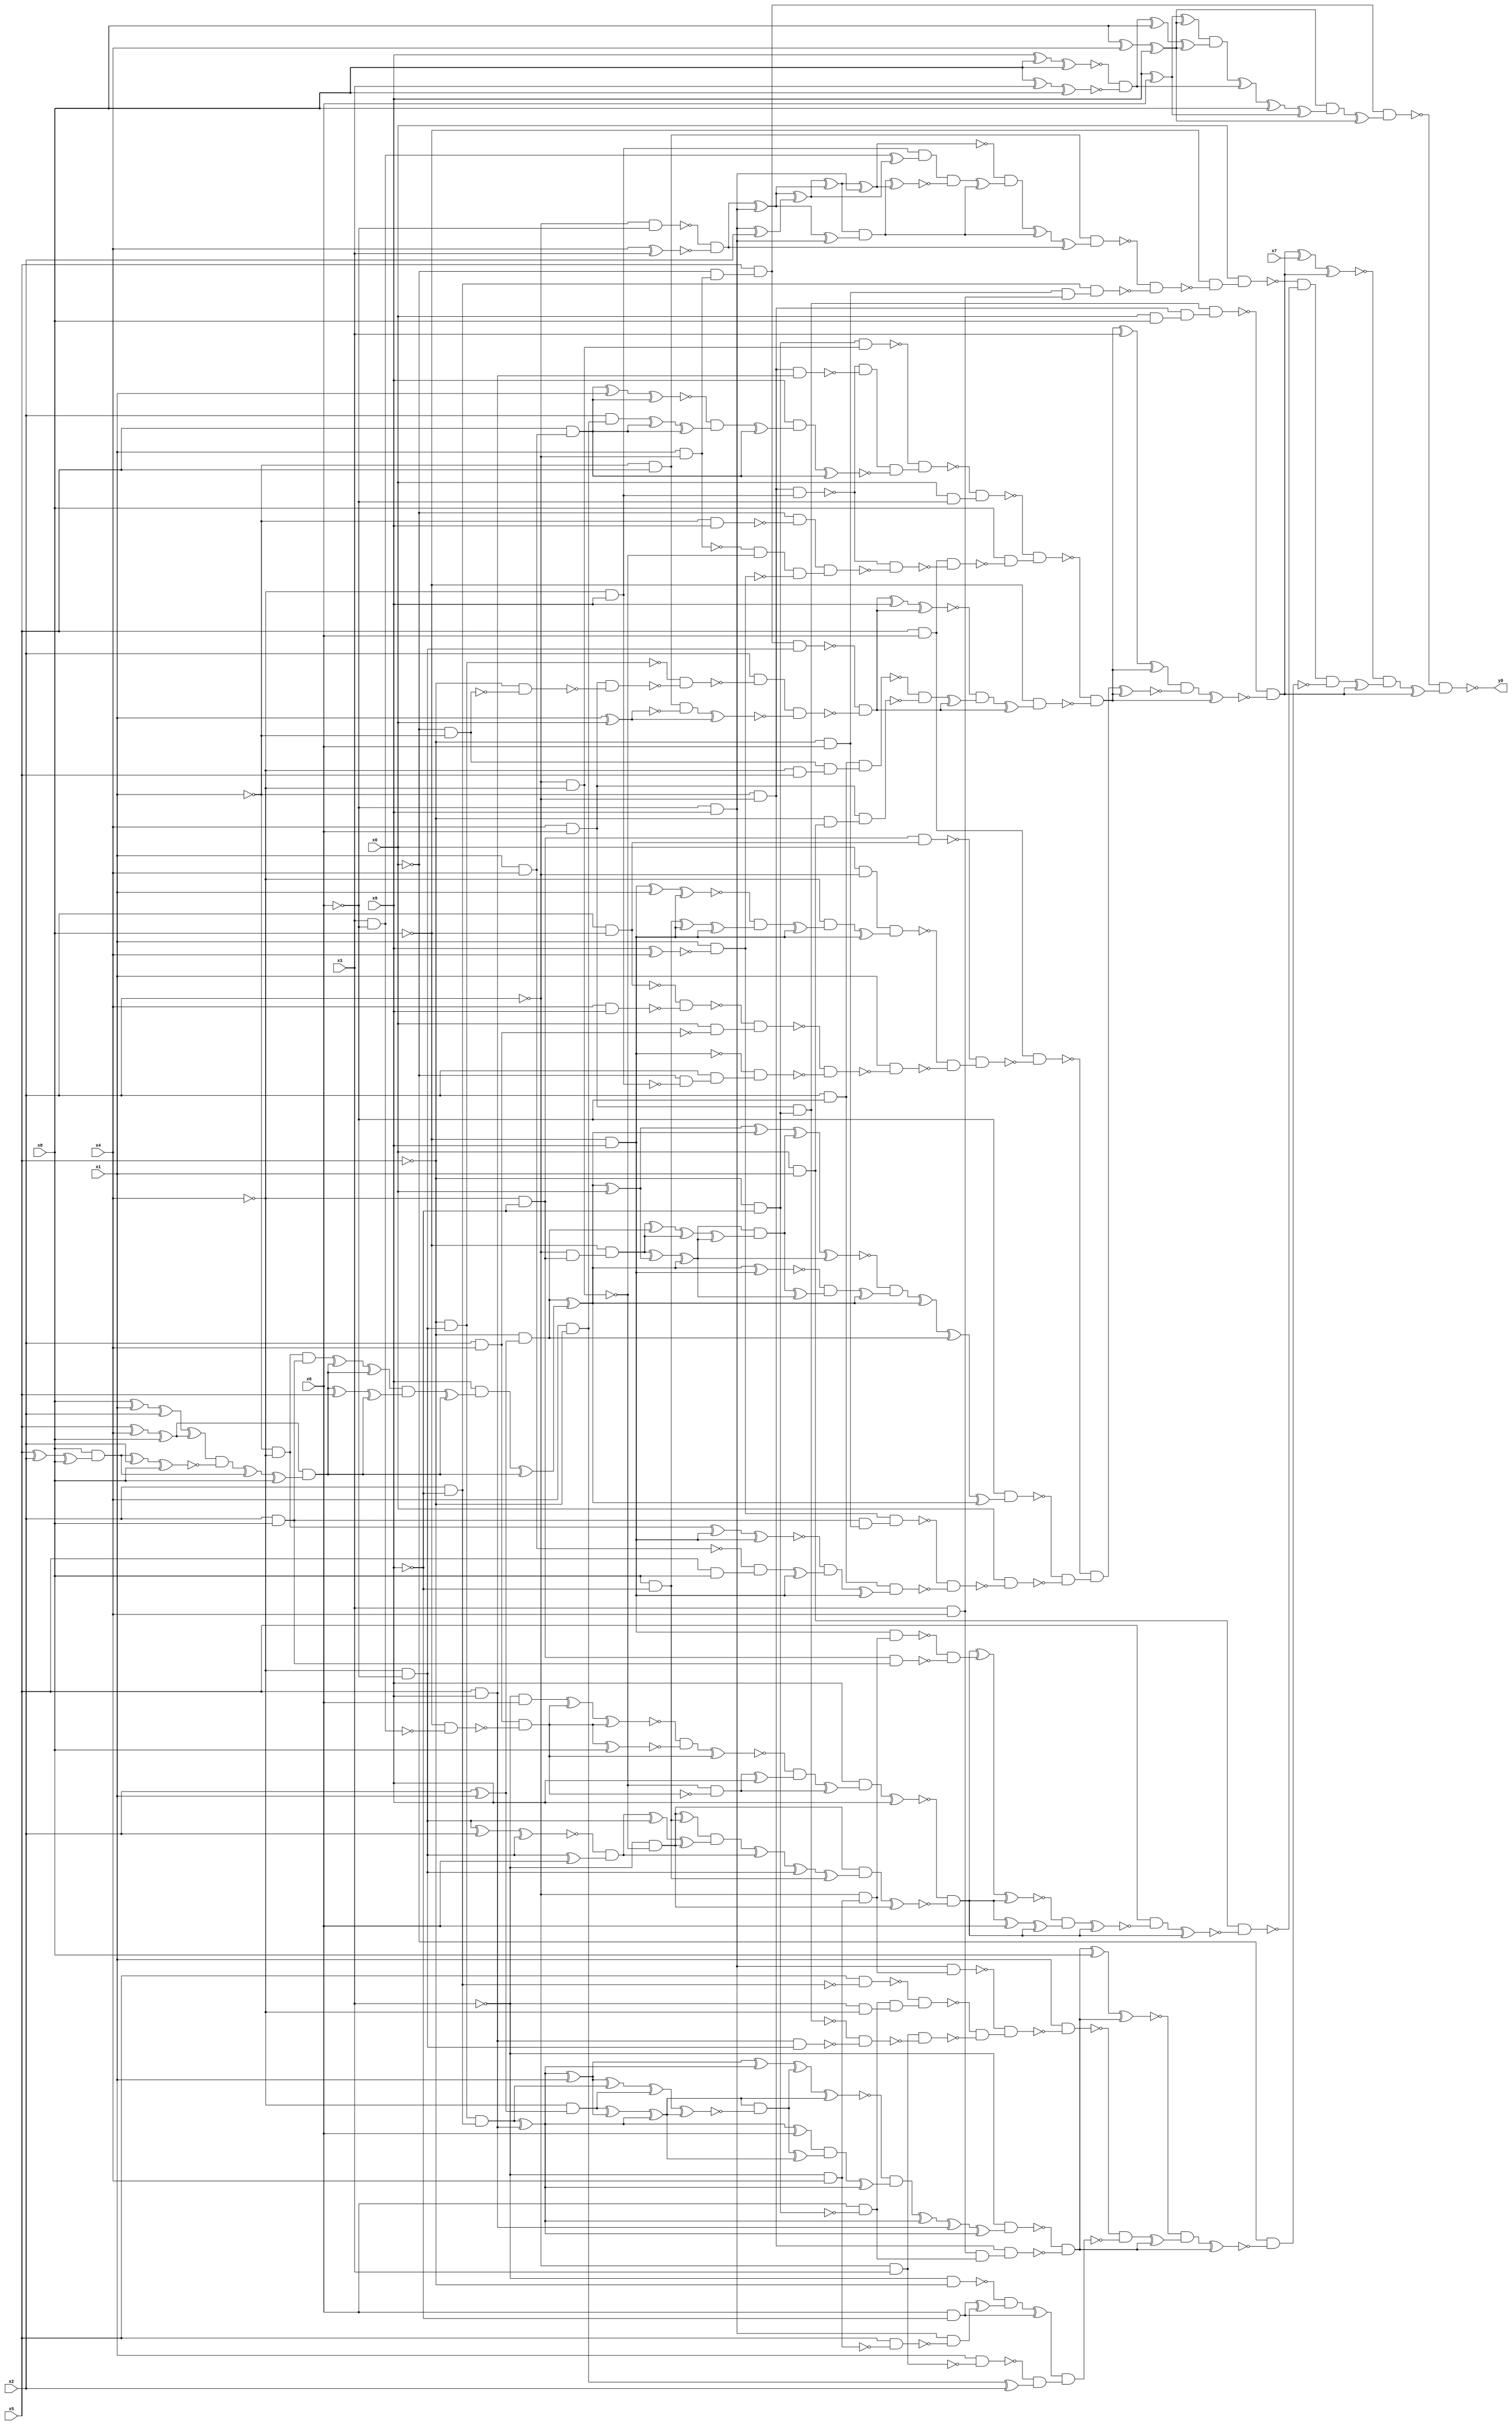
module top( x0 , x1 , x2 , x3 , x4 , x5 , x6 , x7 , x8 , x9 , y0 );
  input x0 , x1 , x2 , x3 , x4 , x5 , x6 , x7 , x8 , x9 ;
  output y0 ;
  wire n11 , n12 , n13 , n14 , n15 , n16 , n17 , n18 , n19 , n20 , n21 , n22 , n23 , n24 , n25 , n26 , n27 , n28 , n29 , n30 , n31 , n32 , n33 , n34 , n35 , n36 , n37 , n38 , n39 , n40 , n41 , n42 , n43 , n44 , n45 , n46 , n47 , n48 , n49 , n50 , n51 , n52 , n53 , n54 , n55 , n56 , n57 , n58 , n59 , n60 , n61 , n62 , n63 , n64 , n65 , n66 , n67 , n68 , n69 , n70 , n71 , n72 , n73 , n74 , n75 , n76 , n77 , n78 , n79 , n80 , n81 , n82 , n83 , n84 , n85 , n86 , n87 , n88 , n89 , n90 , n91 , n92 , n93 , n94 , n95 , n96 , n97 , n98 , n99 , n100 , n101 , n102 , n103 , n104 , n105 , n106 , n107 , n108 , n109 , n110 , n111 , n112 , n113 , n114 , n115 , n116 , n117 , n118 , n119 , n120 , n121 , n122 , n123 , n124 , n125 , n126 , n127 , n128 , n129 , n130 , n131 , n132 , n133 , n134 , n135 , n136 , n137 , n138 , n139 , n140 , n141 , n142 , n143 , n144 , n145 , n146 , n147 , n148 , n149 , n150 , n151 , n152 , n153 , n154 , n155 , n156 , n157 , n158 , n159 , n160 , n161 , n162 , n163 , n164 , n165 , n166 , n167 , n168 , n169 , n170 , n171 , n172 , n173 , n174 , n175 , n176 , n177 , n178 , n179 , n180 , n181 , n182 , n183 , n184 , n185 , n186 , n187 , n188 , n189 , n190 , n191 , n192 , n193 , n194 , n195 , n196 , n197 , n198 , n199 , n200 , n201 , n202 , n203 , n204 , n205 , n206 , n207 , n208 , n209 , n210 , n211 , n212 , n213 , n214 , n215 , n216 , n217 , n218 , n219 , n220 , n221 , n222 , n223 , n224 , n225 , n226 , n227 , n228 , n229 , n230 , n231 , n232 , n233 , n234 , n235 , n236 , n237 , n238 , n239 , n240 , n241 , n242 , n243 , n244 , n245 , n246 , n247 , n248 , n249 , n250 , n251 , n252 , n253 , n254 , n255 , n256 , n257 , n258 , n259 , n260 , n261 , n262 , n263 , n264 , n265 , n266 , n267 , n268 , n269 , n270 , n271 , n272 , n273 , n274 , n275 , n276 , n277 , n278 , n279 , n280 , n281 , n282 , n283 , n284 , n285 , n286 , n287 , n288 , n289 , n290 , n291 , n292 , n293 , n294 , n295 , n296 , n297 , n298 , n299 , n300 , n301 , n302 , n303 , n304 , n305 , n306 , n307 , n308 , n309 , n310 , n311 , n312 , n313 , n314 , n315 , n316 , n317 , n318 , n319 , n320 , n321 , n322 , n323 , n324 , n325 , n326 , n327 , n328 , n329 , n330 , n331 , n332 , n333 , n334 , n335 ;
  assign n11 = x1 & ~x2 ;
  assign n12 = ~x0 & n11 ;
  assign n13 = x5 & n12 ;
  assign n14 = x8 ^ x4 ;
  assign n15 = n14 ^ x9 ;
  assign n16 = x9 ^ x6 ;
  assign n17 = n16 ^ n15 ;
  assign n18 = x9 ^ x8 ;
  assign n19 = n18 ^ x8 ;
  assign n20 = x8 ^ x3 ;
  assign n21 = n20 ^ x8 ;
  assign n22 = ~n19 & ~n21 ;
  assign n23 = n22 ^ x8 ;
  assign n24 = n23 ^ n15 ;
  assign n25 = n17 & n24 ;
  assign n26 = n25 ^ n22 ;
  assign n27 = n26 ^ x8 ;
  assign n28 = n27 ^ n16 ;
  assign n29 = n15 & n28 ;
  assign n30 = n29 ^ n15 ;
  assign n31 = n13 & n30 ;
  assign n32 = x4 & x6 ;
  assign n33 = ~x5 & ~x9 ;
  assign n34 = n32 & n33 ;
  assign n35 = ~x1 & ~x2 ;
  assign n36 = x0 & x8 ;
  assign n37 = n35 & n36 ;
  assign n38 = n34 & n37 ;
  assign n39 = ~x2 & ~x4 ;
  assign n40 = n33 & n39 ;
  assign n41 = ~x4 & x9 ;
  assign n42 = n35 & n41 ;
  assign n43 = x5 & x9 ;
  assign n44 = n35 & n43 ;
  assign n45 = ~n42 & ~n44 ;
  assign n46 = x1 & x4 ;
  assign n47 = x5 & n46 ;
  assign n48 = n47 ^ x1 ;
  assign n49 = n48 ^ n47 ;
  assign n50 = x4 & ~x5 ;
  assign n51 = x2 & n50 ;
  assign n52 = n51 ^ n47 ;
  assign n53 = n52 ^ n47 ;
  assign n54 = ~n49 & n53 ;
  assign n55 = n54 ^ n47 ;
  assign n56 = x9 & n55 ;
  assign n57 = n56 ^ n47 ;
  assign n58 = n45 & ~n57 ;
  assign n59 = ~n40 & n58 ;
  assign n60 = x0 & ~x6 ;
  assign n61 = ~n59 & n60 ;
  assign n62 = x5 & x6 ;
  assign n63 = ~x1 & x9 ;
  assign n64 = ~x0 & ~n63 ;
  assign n65 = ~n11 & ~n39 ;
  assign n66 = x9 ^ x4 ;
  assign n67 = x1 & ~n66 ;
  assign n68 = n65 & ~n67 ;
  assign n69 = n64 & n68 ;
  assign n70 = ~n42 & ~n69 ;
  assign n71 = n62 & ~n70 ;
  assign n72 = x8 & ~n71 ;
  assign n73 = ~n61 & n72 ;
  assign n74 = ~x4 & ~x6 ;
  assign n75 = n13 & n74 ;
  assign n76 = ~x5 & n74 ;
  assign n77 = ~x0 & ~x1 ;
  assign n78 = ~x5 & ~n77 ;
  assign n79 = n32 & ~n78 ;
  assign n80 = ~n76 & ~n79 ;
  assign n81 = x2 & ~n80 ;
  assign n82 = ~x1 & x5 ;
  assign n83 = x1 ^ x0 ;
  assign n84 = n82 & ~n83 ;
  assign n85 = n84 ^ n83 ;
  assign n86 = n81 & ~n85 ;
  assign n87 = ~n75 & ~n86 ;
  assign n88 = n87 ^ x9 ;
  assign n89 = n88 ^ n87 ;
  assign n90 = x2 & ~x6 ;
  assign n91 = ~x4 & x5 ;
  assign n92 = n77 & n91 ;
  assign n93 = n90 & n92 ;
  assign n94 = x0 & x1 ;
  assign n95 = ~x5 & n94 ;
  assign n96 = n32 & n95 ;
  assign n97 = ~n93 & ~n96 ;
  assign n98 = n97 ^ n87 ;
  assign n99 = ~n89 & n98 ;
  assign n100 = n99 ^ n87 ;
  assign n101 = ~x8 & n100 ;
  assign n102 = ~n73 & ~n101 ;
  assign n103 = n102 ^ x3 ;
  assign n104 = n103 ^ n102 ;
  assign n105 = ~x4 & ~x9 ;
  assign n106 = x2 & ~x8 ;
  assign n107 = n105 & n106 ;
  assign n108 = x0 & ~x2 ;
  assign n109 = ~x8 & x9 ;
  assign n110 = n109 ^ x1 ;
  assign n111 = n110 ^ n109 ;
  assign n112 = x8 & ~x9 ;
  assign n113 = n112 ^ n109 ;
  assign n114 = n113 ^ n109 ;
  assign n115 = ~n111 & n114 ;
  assign n116 = n115 ^ n109 ;
  assign n117 = ~x4 & n116 ;
  assign n118 = n117 ^ n109 ;
  assign n119 = n108 & n118 ;
  assign n120 = x4 & x9 ;
  assign n121 = ~n106 & ~n120 ;
  assign n122 = x2 & x4 ;
  assign n123 = x0 & ~n122 ;
  assign n124 = ~n121 & n123 ;
  assign n125 = ~x0 & ~n41 ;
  assign n126 = x2 & n125 ;
  assign n127 = ~n109 & n126 ;
  assign n128 = ~n124 & ~n127 ;
  assign n129 = x1 & ~n128 ;
  assign n130 = ~n119 & ~n129 ;
  assign n131 = ~n107 & n130 ;
  assign n132 = n62 & ~n131 ;
  assign n158 = x2 ^ x1 ;
  assign n159 = ~x5 & n158 ;
  assign n147 = ~x1 & ~x4 ;
  assign n148 = x2 & x8 ;
  assign n149 = n147 & n148 ;
  assign n133 = x5 ^ x4 ;
  assign n134 = n133 ^ x8 ;
  assign n135 = x8 ^ x1 ;
  assign n136 = n135 ^ x2 ;
  assign n137 = n136 ^ n134 ;
  assign n138 = x5 ^ x2 ;
  assign n139 = n138 ^ x8 ;
  assign n140 = x8 & n139 ;
  assign n141 = n140 ^ x2 ;
  assign n142 = n141 ^ x8 ;
  assign n143 = n137 & ~n142 ;
  assign n144 = n143 ^ n140 ;
  assign n145 = n144 ^ x8 ;
  assign n146 = n134 & n145 ;
  assign n150 = n149 ^ n146 ;
  assign n151 = n150 ^ n146 ;
  assign n152 = n146 ^ x5 ;
  assign n153 = n152 ^ n146 ;
  assign n154 = n151 & n153 ;
  assign n155 = n154 ^ n146 ;
  assign n156 = x9 & n155 ;
  assign n157 = n156 ^ n146 ;
  assign n160 = n159 ^ n157 ;
  assign n161 = n160 ^ x0 ;
  assign n170 = n161 ^ n160 ;
  assign n162 = ~x2 & n105 ;
  assign n163 = ~x8 & n162 ;
  assign n164 = n163 ^ n161 ;
  assign n165 = n164 ^ n160 ;
  assign n166 = n163 ^ n159 ;
  assign n167 = n166 ^ n163 ;
  assign n168 = n167 ^ n165 ;
  assign n169 = n165 & n168 ;
  assign n171 = n170 ^ n169 ;
  assign n172 = n171 ^ n165 ;
  assign n173 = n160 ^ n109 ;
  assign n174 = n169 ^ n165 ;
  assign n175 = ~n173 & n174 ;
  assign n176 = n175 ^ n160 ;
  assign n177 = ~n172 & n176 ;
  assign n178 = n177 ^ n160 ;
  assign n179 = n178 ^ n159 ;
  assign n180 = n179 ^ n160 ;
  assign n181 = ~x6 & n180 ;
  assign n182 = ~x5 & x6 ;
  assign n183 = n148 & n182 ;
  assign n184 = n67 & n183 ;
  assign n185 = n147 ^ n109 ;
  assign n186 = n185 ^ n109 ;
  assign n187 = x5 & x8 ;
  assign n188 = ~n46 & n187 ;
  assign n189 = n188 ^ n109 ;
  assign n190 = ~n186 & n189 ;
  assign n191 = n190 ^ n109 ;
  assign n192 = n90 & n191 ;
  assign n193 = ~n184 & ~n192 ;
  assign n194 = x0 & ~n193 ;
  assign n195 = ~n181 & ~n194 ;
  assign n196 = ~n132 & n195 ;
  assign n197 = n196 ^ n102 ;
  assign n198 = n104 & ~n197 ;
  assign n199 = n198 ^ n102 ;
  assign n200 = ~n38 & ~n199 ;
  assign n201 = n200 ^ x7 ;
  assign n202 = n201 ^ n200 ;
  assign n205 = ~x2 & ~x6 ;
  assign n206 = x4 ^ x3 ;
  assign n207 = ~n205 & ~n206 ;
  assign n203 = ~x6 & x9 ;
  assign n208 = n207 ^ n203 ;
  assign n204 = n203 ^ x2 ;
  assign n209 = n208 ^ n204 ;
  assign n210 = n209 ^ n208 ;
  assign n211 = n210 ^ n203 ;
  assign n212 = x3 & ~x6 ;
  assign n213 = n212 ^ n209 ;
  assign n214 = n41 & n213 ;
  assign n215 = n208 ^ n203 ;
  assign n216 = n210 & n215 ;
  assign n217 = n216 ^ n211 ;
  assign n218 = n214 & ~n217 ;
  assign n219 = n218 ^ n216 ;
  assign n220 = ~n211 & n219 ;
  assign n221 = n220 ^ n216 ;
  assign n222 = n221 ^ n207 ;
  assign n223 = n82 & n222 ;
  assign n224 = x2 & ~x9 ;
  assign n225 = x3 & x4 ;
  assign n226 = n182 & n225 ;
  assign n227 = n224 & n226 ;
  assign n228 = ~n223 & ~n227 ;
  assign n229 = ~x8 & ~n228 ;
  assign n230 = x0 & n229 ;
  assign n238 = ~x3 & x6 ;
  assign n236 = ~x8 & ~n212 ;
  assign n237 = n122 & ~n236 ;
  assign n239 = n238 ^ n237 ;
  assign n240 = n239 ^ n237 ;
  assign n241 = n237 ^ x8 ;
  assign n242 = ~n240 & ~n241 ;
  assign n243 = n242 ^ n237 ;
  assign n244 = ~n39 & ~n237 ;
  assign n245 = n244 ^ x9 ;
  assign n246 = ~n243 & n245 ;
  assign n247 = n246 ^ n244 ;
  assign n248 = x9 & n247 ;
  assign n249 = n248 ^ x9 ;
  assign n250 = ~x3 & ~n39 ;
  assign n251 = n250 ^ n112 ;
  assign n252 = n74 ^ x2 ;
  assign n253 = n252 ^ n74 ;
  assign n254 = n74 ^ x6 ;
  assign n255 = ~n253 & n254 ;
  assign n256 = n255 ^ n74 ;
  assign n257 = n256 ^ n250 ;
  assign n258 = n251 & n257 ;
  assign n259 = n258 ^ n255 ;
  assign n260 = n259 ^ n74 ;
  assign n261 = n260 ^ n112 ;
  assign n262 = n250 & n261 ;
  assign n263 = n262 ^ n250 ;
  assign n264 = ~n249 & ~n263 ;
  assign n231 = ~x3 & x4 ;
  assign n232 = ~x2 & n231 ;
  assign n233 = n109 & n232 ;
  assign n234 = n105 & n148 ;
  assign n235 = ~n233 & ~n234 ;
  assign n265 = n264 ^ n235 ;
  assign n266 = n265 ^ n264 ;
  assign n267 = n264 ^ x6 ;
  assign n268 = n267 ^ n264 ;
  assign n269 = ~n266 & n268 ;
  assign n270 = n269 ^ n264 ;
  assign n271 = x5 & ~n270 ;
  assign n272 = n271 ^ n264 ;
  assign n273 = n94 & ~n272 ;
  assign n274 = ~n230 & ~n273 ;
  assign n275 = n76 & n224 ;
  assign n276 = n275 ^ n43 ;
  assign n277 = n276 ^ x1 ;
  assign n285 = n277 ^ n276 ;
  assign n278 = ~x4 & n158 ;
  assign n279 = n278 ^ n277 ;
  assign n280 = n279 ^ n276 ;
  assign n281 = n277 ^ n275 ;
  assign n282 = n281 ^ n278 ;
  assign n283 = n282 ^ n280 ;
  assign n284 = n280 & ~n283 ;
  assign n286 = n285 ^ n284 ;
  assign n287 = n286 ^ n280 ;
  assign n288 = n276 ^ x6 ;
  assign n289 = n284 ^ n280 ;
  assign n290 = n288 & n289 ;
  assign n291 = n290 ^ n276 ;
  assign n292 = ~n287 & n291 ;
  assign n293 = n292 ^ n276 ;
  assign n294 = n293 ^ n43 ;
  assign n295 = n294 ^ n276 ;
  assign n296 = ~x3 & n295 ;
  assign n297 = x6 & ~n33 ;
  assign n298 = n225 & n297 ;
  assign n299 = n35 & n298 ;
  assign n300 = ~n296 & ~n299 ;
  assign n301 = n300 ^ x8 ;
  assign n302 = n301 ^ n300 ;
  assign n303 = n203 & n232 ;
  assign n304 = x5 & ~n224 ;
  assign n305 = ~x3 & ~x4 ;
  assign n306 = n297 & n305 ;
  assign n307 = ~n304 & n306 ;
  assign n308 = ~x2 & x3 ;
  assign n309 = n43 & n74 ;
  assign n310 = ~n34 & ~n309 ;
  assign n311 = n308 & ~n310 ;
  assign n312 = ~n307 & ~n311 ;
  assign n313 = ~n303 & n312 ;
  assign n314 = x1 & ~n313 ;
  assign n315 = ~x3 & ~x5 ;
  assign n318 = x6 & ~x9 ;
  assign n316 = x5 & ~n231 ;
  assign n317 = n203 & ~n316 ;
  assign n319 = n318 ^ n317 ;
  assign n320 = ~n315 & n319 ;
  assign n321 = n320 ^ n318 ;
  assign n322 = x1 & ~n308 ;
  assign n323 = n50 ^ x2 ;
  assign n324 = ~n322 & n323 ;
  assign n325 = n321 & n324 ;
  assign n326 = ~n314 & ~n325 ;
  assign n327 = n326 ^ n300 ;
  assign n328 = ~n302 & n327 ;
  assign n329 = n328 ^ n300 ;
  assign n330 = ~x0 & ~n329 ;
  assign n331 = n274 & ~n330 ;
  assign n332 = n331 ^ n200 ;
  assign n333 = ~n202 & n332 ;
  assign n334 = n333 ^ n200 ;
  assign n335 = ~n31 & n334 ;
  assign y0 = ~n335 ;
endmodule